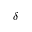
\delta